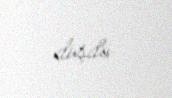
düşdü.